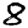
Digit: 8